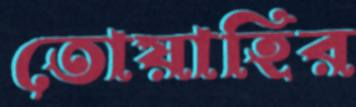
তোয়াহির